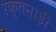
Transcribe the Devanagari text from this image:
रक्तनाड़ी